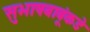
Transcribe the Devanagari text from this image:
सुभाषबाबूंकडे